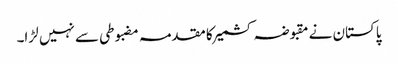
پاکستان نے مقبوضہ کشمیر کا مقدمہ مضبوطی سے نہیں لڑا۔